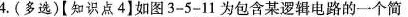
4.(多选)[知识点4】如图3-5-11为包含某逻辑电路的一个简